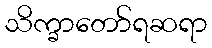
သိက္ခာတော်ရဆရာ